Report of the Indian Hemp Drugs Commission, 1894-1895 - Volume IV
Year: 1894
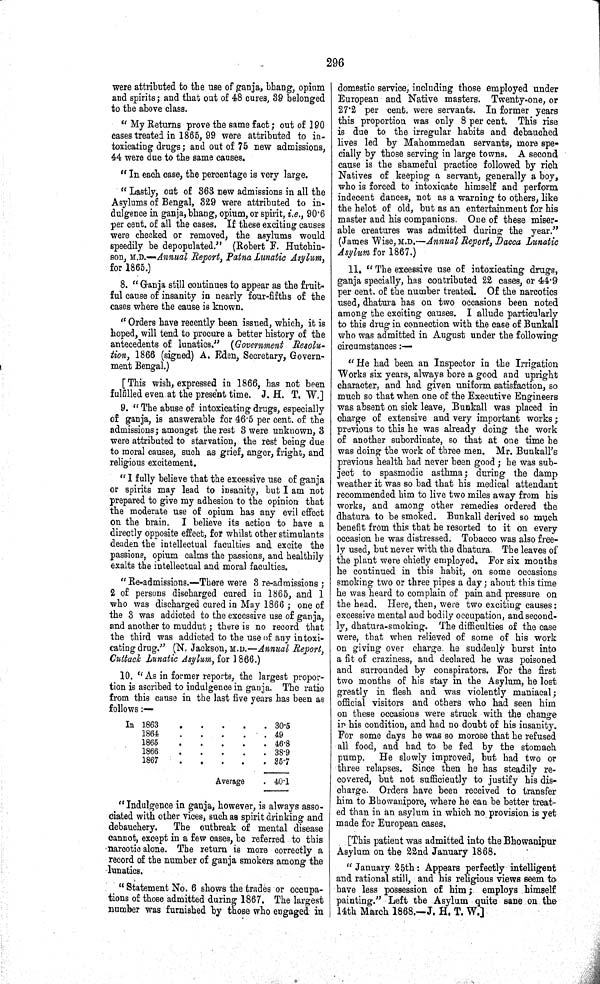
296
were attributed to the use of ganja, bhang, opium
and spirits; and that out of 48 cures, 39 belonged
to the above class.
"My Returns prove the same fact; out of 190
cases treated in 1865, 99 were attributed to in-
toxicating drugs; and out of 75 new admissions,
44 were due to the same causes.
"In each case, the percentage is very large.
"Lastly, out of 363 new admissions in all the
Asylums of Bengal, 329 were attributed to in-
dulgence in ganja, bhang, opium, or spirit, i.e., 90.6
per cent. of all the cases. If these exciting causes
were checked or removed, the asylums would
speedily be depopulated." (Robert F. Hutchin-
son, M.D.—Annual Report, Patna Lunatic Asylum,
for 1865.)
8. "Ganja still continues to appear as the fruit-
ful cause of insanity in nearly four-fifths of the
cases where the cause is known.
"Orders have recently been issued, which, it is
hoped, will tend to procure a better history of the
antecedents of lunatics." (Government Resolu-
tion, 1866 (signed) A. Eden, Secretary, Govern-
ment Bengal.)
[This wish, expressed in 1866, has not been
fulfilled even at the present time. J. H. T. W.]
9. "The abuse of intoxicating drugs, especially
of ganja, is answerable for 46.5 per cent. of the
admissions; amongst the rest 3 were unknown, 3
were attributed to starvation, the rest being due
to moral causes, such as grief, anger, fright, and
religious excitement.
"I fully believe that the excessive use of ganja
or spirits may lead to insanity, but I am not
prepared to give my adhesion to the opinion that
the moderate use of opium has any evil effect
on the brain. I believe its action to have a
directly opposite effect, for whilst other stimulants
deaden the intellectual faculties and excite the
passions, opium calms the passions, and healthily
exalts the intellectual and moral faculties.
"Re-admissions.—There were 3 re-admissions;
2 of persons discharged cured in 1865, and 1
who was discharged cured in May 1866; one of
the 3 was addicted to the excessive use of ganja,
and another to muddut; there is no record that
the third was addicted to the use of any intoxi-
cating drug." (N. Jackson, M.D.—Annual Report,
Cuttack Lunatic Asylum, for 1866.)
10. "As in former reports, the largest propor-
tion is ascribed to indulgence in ganja. The ratio
from this cause in the last five years has been as
follows:—
In 1863
30.5
1864
49
1865
46.8
1866
38.9
1867
35.7
Average
40.1
"Indulgence in ganja, however, is always asso-
ciated with other vices, such as spirit drinking and
debauchery.
The outbreak of mental disease
cannot, except in a few cases, be referred to this
narcotic alone. The return is more correctly a
record of the number of ganja smokers among the
lunatics.
"Statement No. 6 shows the trades or occupa-
tions of those admitted during 1867. The largest
number was furnished by those who engaged in
domestic service, including those employed under
European and Native masters. Twenty-one, or
27.2 per cent. were servants. In former years
this proportion was only 8 per cent. This rise
is due to the irregular habits and debauched
lives led by Mahommedan servants, more spe-
cially by those serving in large towns. A second
cause is the shameful practice followed by rich
Natives of keeping a servant, generally a boy,
who is forced to intoxicate himself and perform
indecent dances, not as a warning to others, like
the helot of old, but as an entertainment for his
master and his companions. One of these miser-
able creatures was admitted during the year."
(James Wise, M.D.—Annual Report, Dacca Lunatic
Asylum for 1867.)
11. "The excessive use of intoxicating drugs,
ganja specially, has contributed 22 cases, or 44.9
per cent. of the number treated. Of the narcotics
used, dhatura has on two occasions been noted
among the exciting causes. I allude particularly
to this drug in connection with the case of Bunkall
who was admitted in August under the following
circumstances:—
"He had been an Inspector in the Irrigation
Works six years, always bore a good and upright
character, and had given uniform satisfaction, so
much so that when one of the Executive Engineers
was absent on sick leave, Bunkall was placed in
charge of extensive and very important works;
previous to this he was already doing the work
of another subordinate, so that at one time he
was doing the work of three men. Mr. Bunkall's
previous health had never been good; he was sub-
ject to spasmodic asthma; during the damp
weather it was so bad that his medical attendant
recommended him to live two miles away from his
works, and among other remedies ordered the
dhatura to be smoked. Bunkall derived so much
benefit from this that he resorted to it on every
occasion he was distressed. Tobacco was also free-
ly used, but never with the dhatura. The leaves of
the plant were chiefly employed. For six months
he continued in this habit, on some occasions
smoking two or three pipes a day; about this time
he was heard to complain of pain and pressure on
the head. Here, then, were two exciting causes:
excessive mental and bodily occupation, and second-
ly, dhatura-smoking. The difficulties of the case
were, that when relieved of some of his work
on giving over charge he suddenly burst into
a fit of craziness, and declared he was poisoned
and surrounded by conspirators. For the first
two months of his stay in the Asylum, he lost
greatly in flesh and was violently maniacal;
official visitors and others who had seen him
on these occasions were struck with the change
in his condition, and had no doubt of his insanity.
For some days he was so morose that he refused
all food, and had to be fed by the stomach
pump.
He slowly improved, but had two or
three relapses. Since then he has steadily re-
covered, but not sufficiently to justify his dis-
charge. Orders have been received to transfer
him to Bhowanipore, where he can be better treat-
ed than in an asylum in which no provision is yet
made for European cases,
[This patient was admitted into the Bhowanipur
Asylum on the 22nd January 1868.
"January 25th: Appears perfectly intelligent
and rational still, and his religious views seem to
have less possession of him; employs himself
painting." Left the Asylum quite sane on the
14th March 1868.—J. H. T. W.]